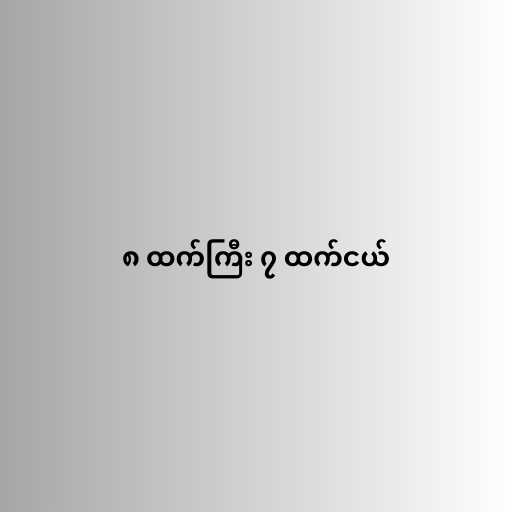
၈ ထက်ကြီး ၇ ထက်ငယ်